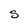
Character: S